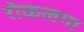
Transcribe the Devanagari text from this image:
रोकलगा